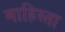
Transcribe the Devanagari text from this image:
माहिस्ता